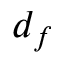
d _ { f }